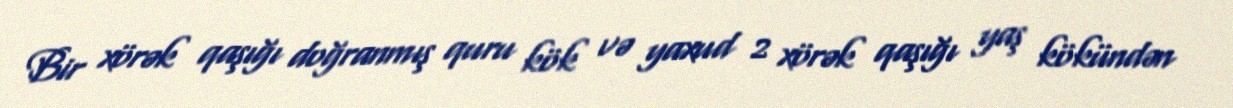
Bir xörək qaşığı doğranmış quru kök və yaxud 2 xörək qaşığı yaş kökündən